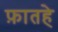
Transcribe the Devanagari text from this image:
फ़ातहे